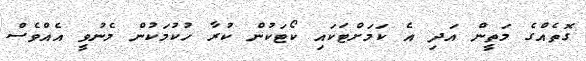
ގޮތެއްގެ މަތީން އަދި އެ ކަމަށްޓަކައި ކޯޓަކުން ކުރާ ހުކުމަކުން މެނުވީ އެއްވެސް